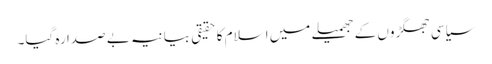
سیاسی جھگڑوں کے جھمیلے میں اسلام کا حقیقی بیانیہ بے صدا رہ گیا۔